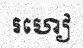
រហៀ